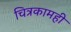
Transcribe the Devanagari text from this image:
चित्रकामही